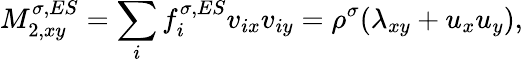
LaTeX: M_{2,xy}^{\sigma,ES}=\sum_{i}f_{i}^{\sigma,ES}v_{ix}v_{iy}=\rho^{\sigma}(\lambda_{xy}+u_{x}u_{y}),